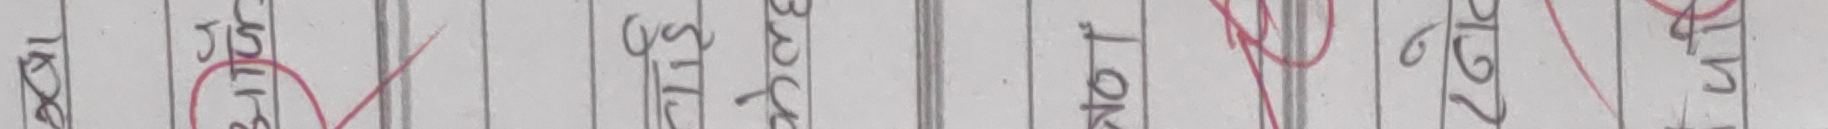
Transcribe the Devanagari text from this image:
२६ जिस्ट स्टिल ब्याक नट १९ २६ बट